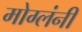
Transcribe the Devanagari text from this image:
मोग्लंनी